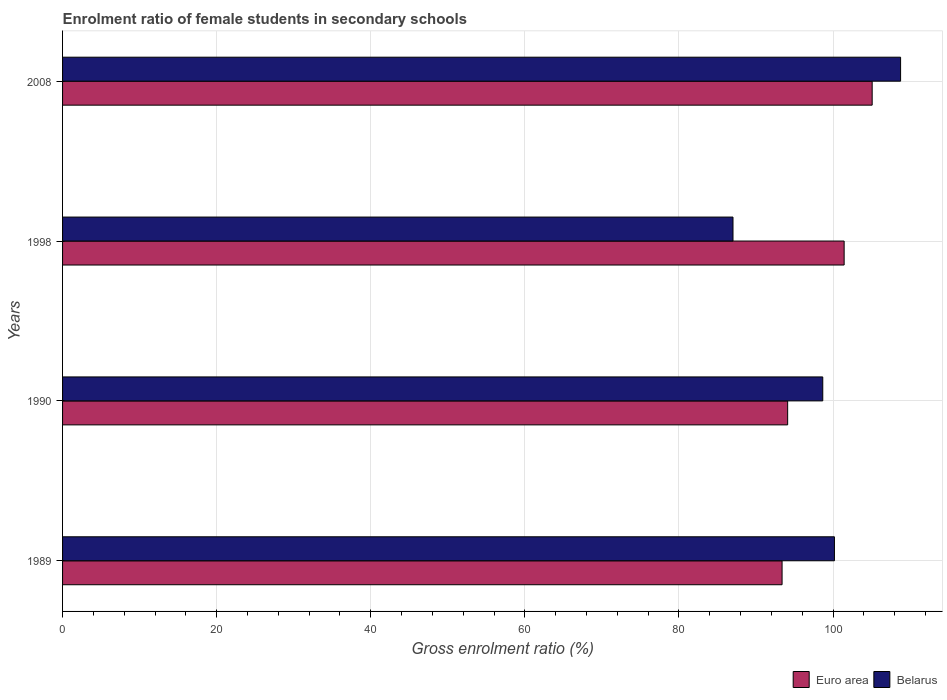
| Years | Euro area | Belarus |
 | --- | --- | --- |
 | 1989 | 93.4 | 100 |
 | 1990 | 94.1 | 98.7 |
 | 1998 | 101 | 87 |
 | 2008 | 105 | 109 |